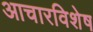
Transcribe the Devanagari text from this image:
आचारविशेष